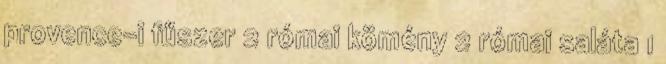
provence-i fűszer 2 római kömény 2 római saláta 1